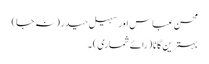
محسن عباس اور سہیل حیدر (نہ جا)
بہترین گانا (رائے شماری) ۔